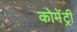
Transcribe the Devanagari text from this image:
कोमेंट्री